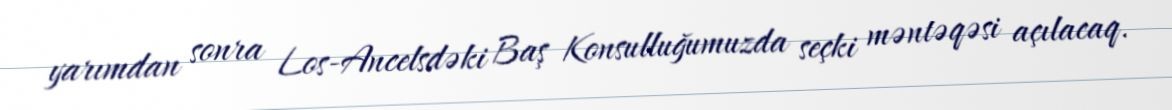
yarımdan sonra Los-Ancelsdəki Baş Konsulluğumuzda seçki məntəqəsi açılacaq.